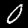
Label: 0